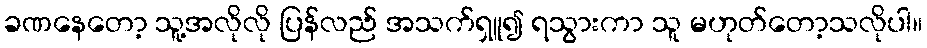
ခဏနေတော့ သူ့အလိုလို ပြန်လည် အသက်ရှူ၍ ရသွားကာ သူ မဟုတ်တော့သလိုပါ။